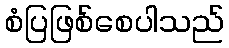
စံပြဖြစ်စေပါသည်